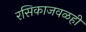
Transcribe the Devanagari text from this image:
रसिकाजवळही